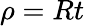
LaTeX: \rho=Rt